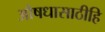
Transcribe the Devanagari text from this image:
औषधासाठीहि